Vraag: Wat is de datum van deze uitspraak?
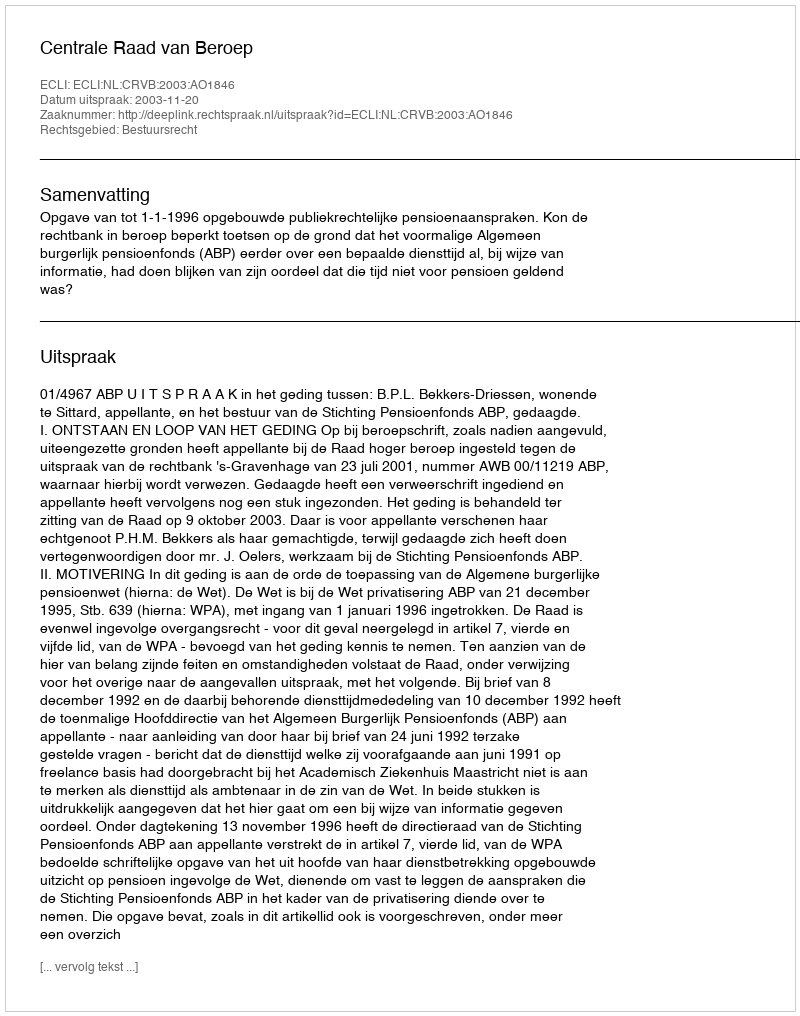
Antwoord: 2003-11-20